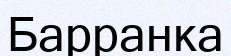
Барранка